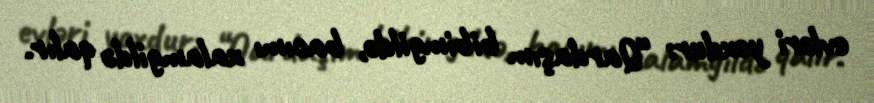
evləri yoxdur: “Qardaşım bibimgildə, bacımı xalamgildə qalır.